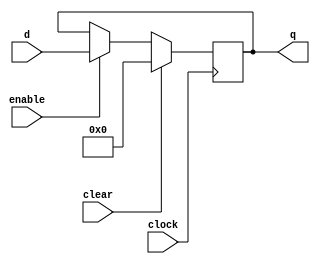
module reg_32_bit #(parameter qInitial = 0)(
	input wire clock, 
	input wire clear,
	input wire enable,
	input wire [31:0] d,
	output reg [31:0] q
);
		
	
	initial q = qInitial;
	always@(posedge clock) 
	begin
		if (clear) begin
			q[31:0] = 32'b0;
		end
		else if(enable) begin
			q[31:0] = d[31:0];
		end 
	end
endmodule